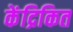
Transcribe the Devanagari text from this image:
केंद्रिकित